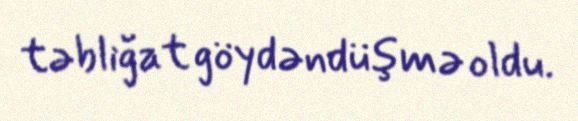
təbliğat göydəndüşmə oldu.